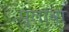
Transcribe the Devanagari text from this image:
प्लावा